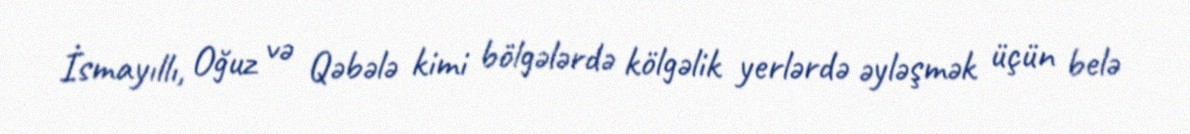
İsmayıllı, Oğuz və Qəbələ kimi bölgələrdə kölgəlik yerlərdə əyləşmək üçün belə